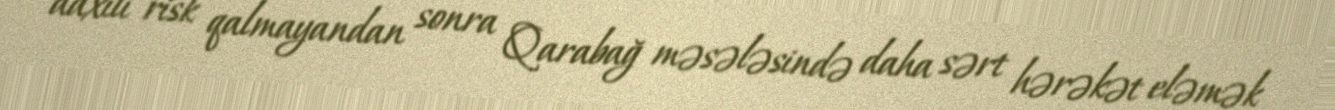
daxili risk qalmayandan sonra Qarabağ məsələsində daha sərt hərəkət eləmək